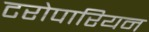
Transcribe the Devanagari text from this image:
टरोपारियन